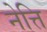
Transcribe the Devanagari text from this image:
नेत्ति